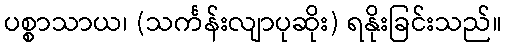
ပစ္စာသာယ၊ (သင်္ကန်းလျာပုဆိုး) ရနိုးခြင်းသည်။